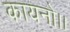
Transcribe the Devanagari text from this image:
कायनो।।